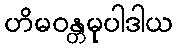
ဟိမဝန္တမုပါဒါယ